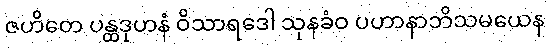
ဇဟိတေ ပန္ထဒုဟနံ ဝိသာရဒေါ သုနခံဝ ပဟာနာဘိသမယေန